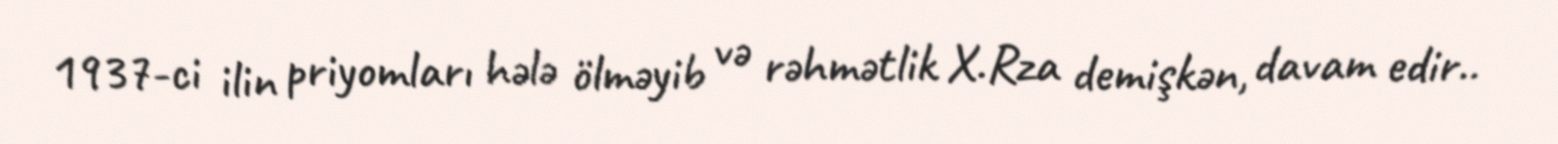
1937-ci ilin priyomları hələ ölməyib və rəhmətlik X.Rza demişkən, davam edir..